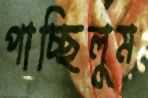
পাচ্ছিলুম